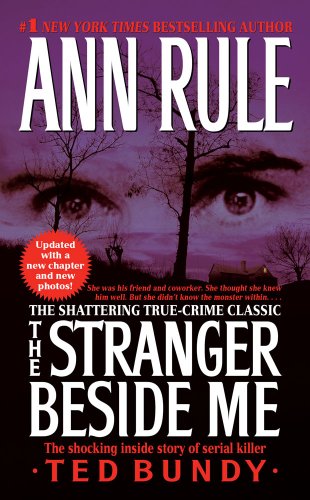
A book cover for The Stranger Beside Me; Ann Rule; Biographies & Memoirs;